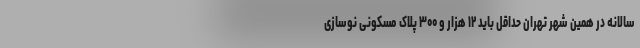
سالانه در همین شهر تهران حداقل باید ۱۲ هزار و ۳۰۰ پلاک مسکونی نوسازی